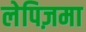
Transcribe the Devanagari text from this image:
लेपिज़मा